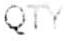
QTY